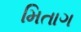
મિતાગ